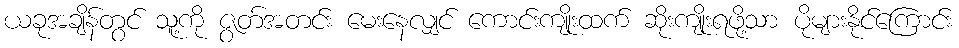
ယခုအချိန်တွင် သူ့ကို ဇွတ်အတင်း မေးနေလျှင် ကောင်းကျိုးထက် ဆိုးကျိုးရဖို့သာ ပိုများနိုင်ကြောင်း